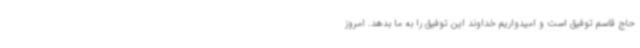
حاج قاسم توفیق است و امیدواریم خداوند این توفیق را به ما بدهد. امروز